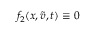
f _ { 2 } ( x , \tilde { v } , t ) \equiv 0